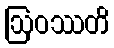
ဩဝဿတိ